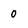
Character: 0